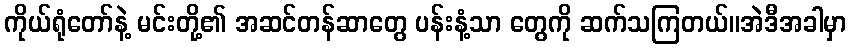
ကိုယ်ရုံတော်နဲ့ မင်းတို့၏ အဆင်တန်ဆာတွေ ပန်းနံ့သာ တွေကို ဆက်သကြတယ်။အဲဒီအခါမှာ